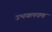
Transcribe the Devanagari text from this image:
उभयलवण